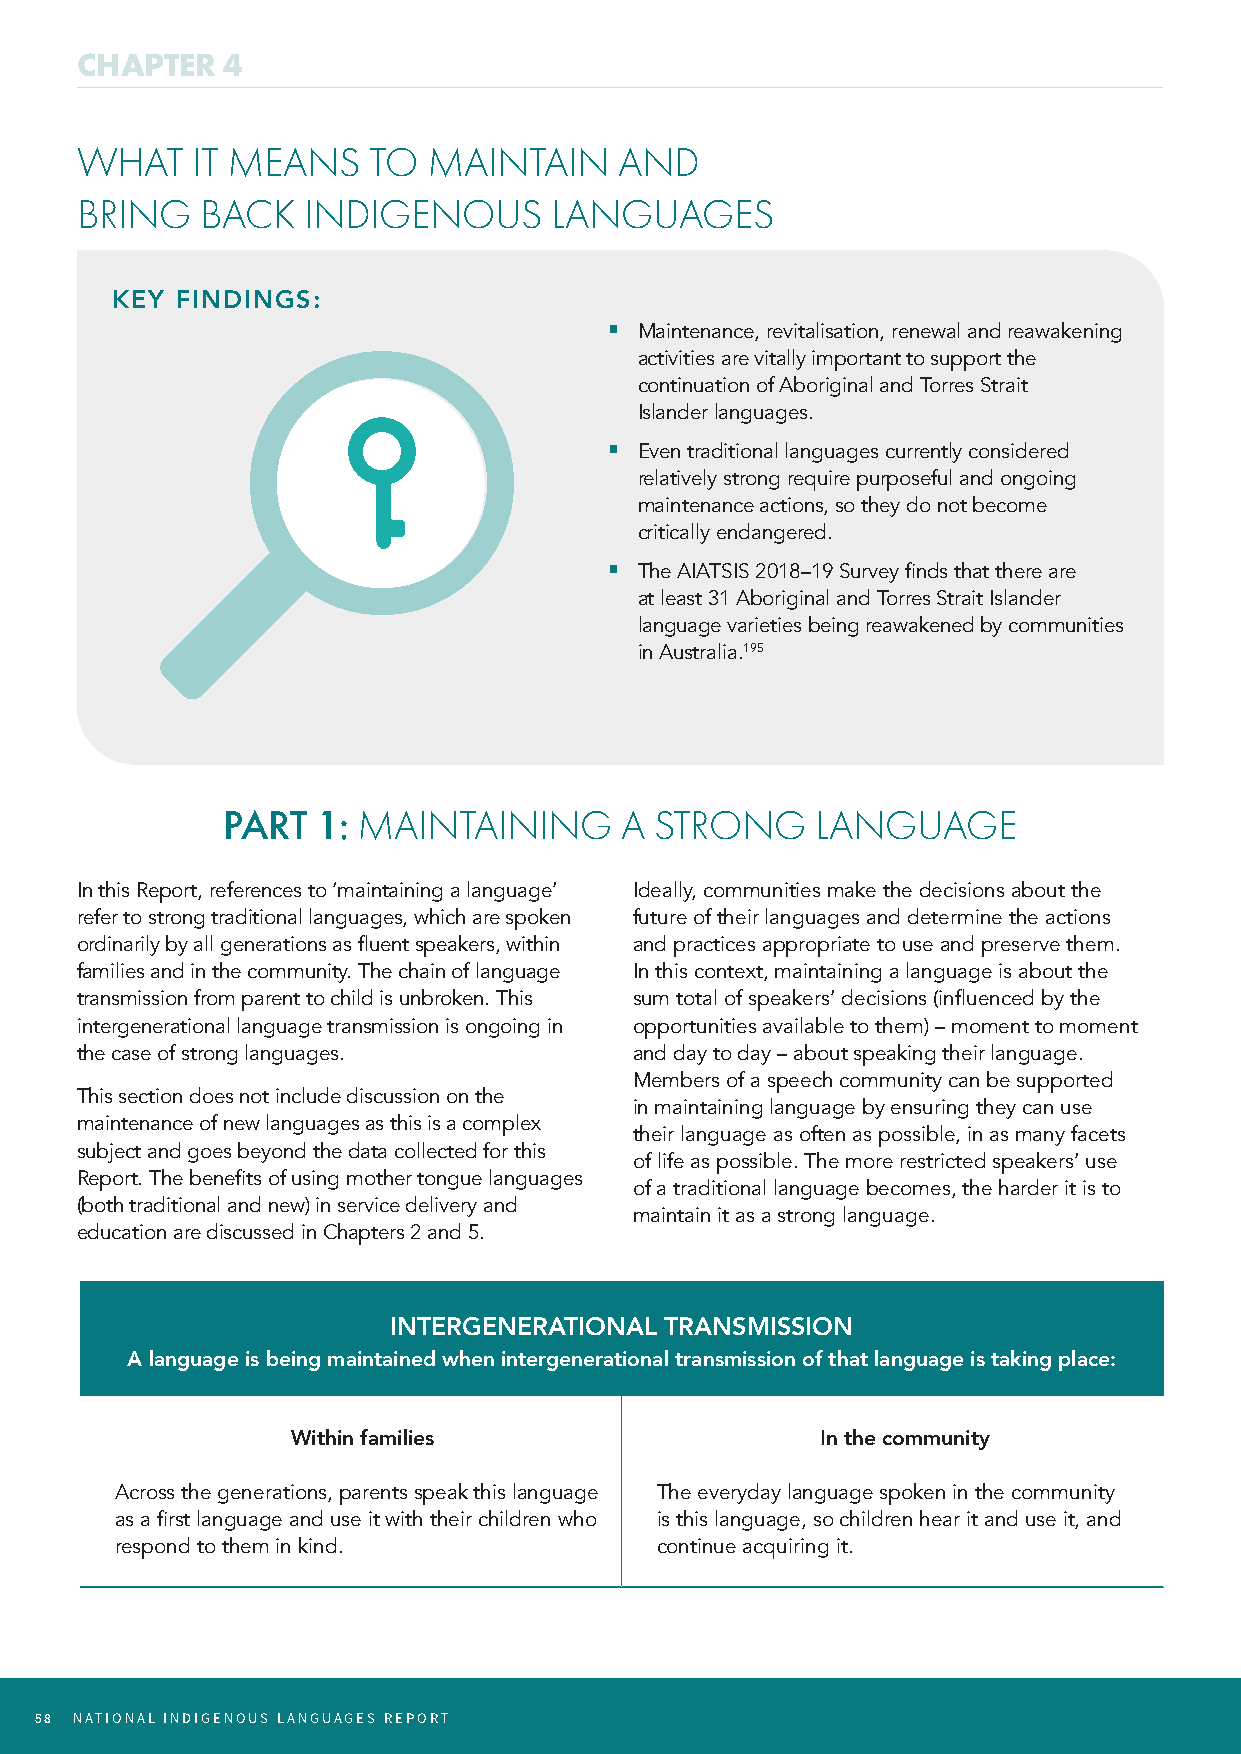
CHAPTER   4
 CHAPTER     4
 WHAT    IT MEANS   TO  MAINTAIN     AND
 INTRODUCTION
 BRING   BACK   INDIGENOUS      LANGUAGES
 KEY  FINDINGS:
  Maintenance, revitalisation, renewal and reawakening
 activities are vitally important to support the
 continuation of Aboriginal and Torres Strait
 Islander languages.
  Even traditional languages currently considered
 relatively strong require purposeful and ongoing
 maintenance actions, so they do not become
 critically endangered.
  The AIATSIS 2018–19 Survey finds that there are
 at least 31 Aboriginal and Torres Strait Islander
 language varieties being reawakened by communities
 in Australia.195
 PART  1: MAINTAINING      A STRONG     LANGUAGE
 In this Report, references to ‘maintaining a language’ Ideally, communities make the decisions about the
 refer to strong traditional languages, which are spoken future of their languages and determine the actions
 ordinarily by all generations as fluent speakers, within and practices appropriate to use and preserve them.
 families and in the community. The chain of language In this context, maintaining a language is about the
 transmission from parent to child is unbroken. This sum total of speakers’ decisions (influenced by the
 intergenerational language transmission is ongoing in opportunities available to them) – moment to moment
 the case of strong languages.        and day to day – about speaking their language.
 Members of a speech community can be supported
 This section does not include discussion on the
 in maintaining language by ensuring they can use
 maintenance of new languages as this is a complex
 their language as often as possible, in as many facets
 subject and goes beyond the data collected for this
 of life as possible. The more restricted speakers’ use
 Report. The benefits of using mother tongue languages
 of a traditional language becomes, the harder it is to
 (both traditional and new) in service delivery and
 maintain it as a strong language.
 education are discussed in Chapters 2 and 5.
 INTERGENERATIONAL TRANSMISSION
 A language is being maintained when intergenerational transmission of that language is taking place:
 Within families                    In the community
 Across the generations, parents speak this language The everyday language spoken in the community
 as a first language and use it with their children who is this language, so children hear it and use it, and
 respond to them in kind.           continue acquiring it.
 58 NATIONAL INDIGENOUS LANGUAGES REPORT